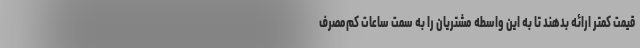
قیمت کمتر ارائه بدهند تا به این واسطه مشتریان را به سمت ساعات کم‌مصرف